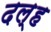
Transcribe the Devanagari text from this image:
दल्ह